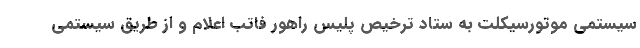
سیستمی موتورسیکلت به ستاد ترخیص پلیس راهور فاتب اعلام و از طریق سیستمی